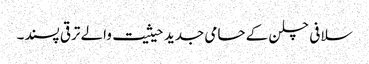
سلافی چلن کے حامی جدید حیثیت والے ترقی پسند۔